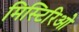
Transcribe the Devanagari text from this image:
मिस्टिरिओ